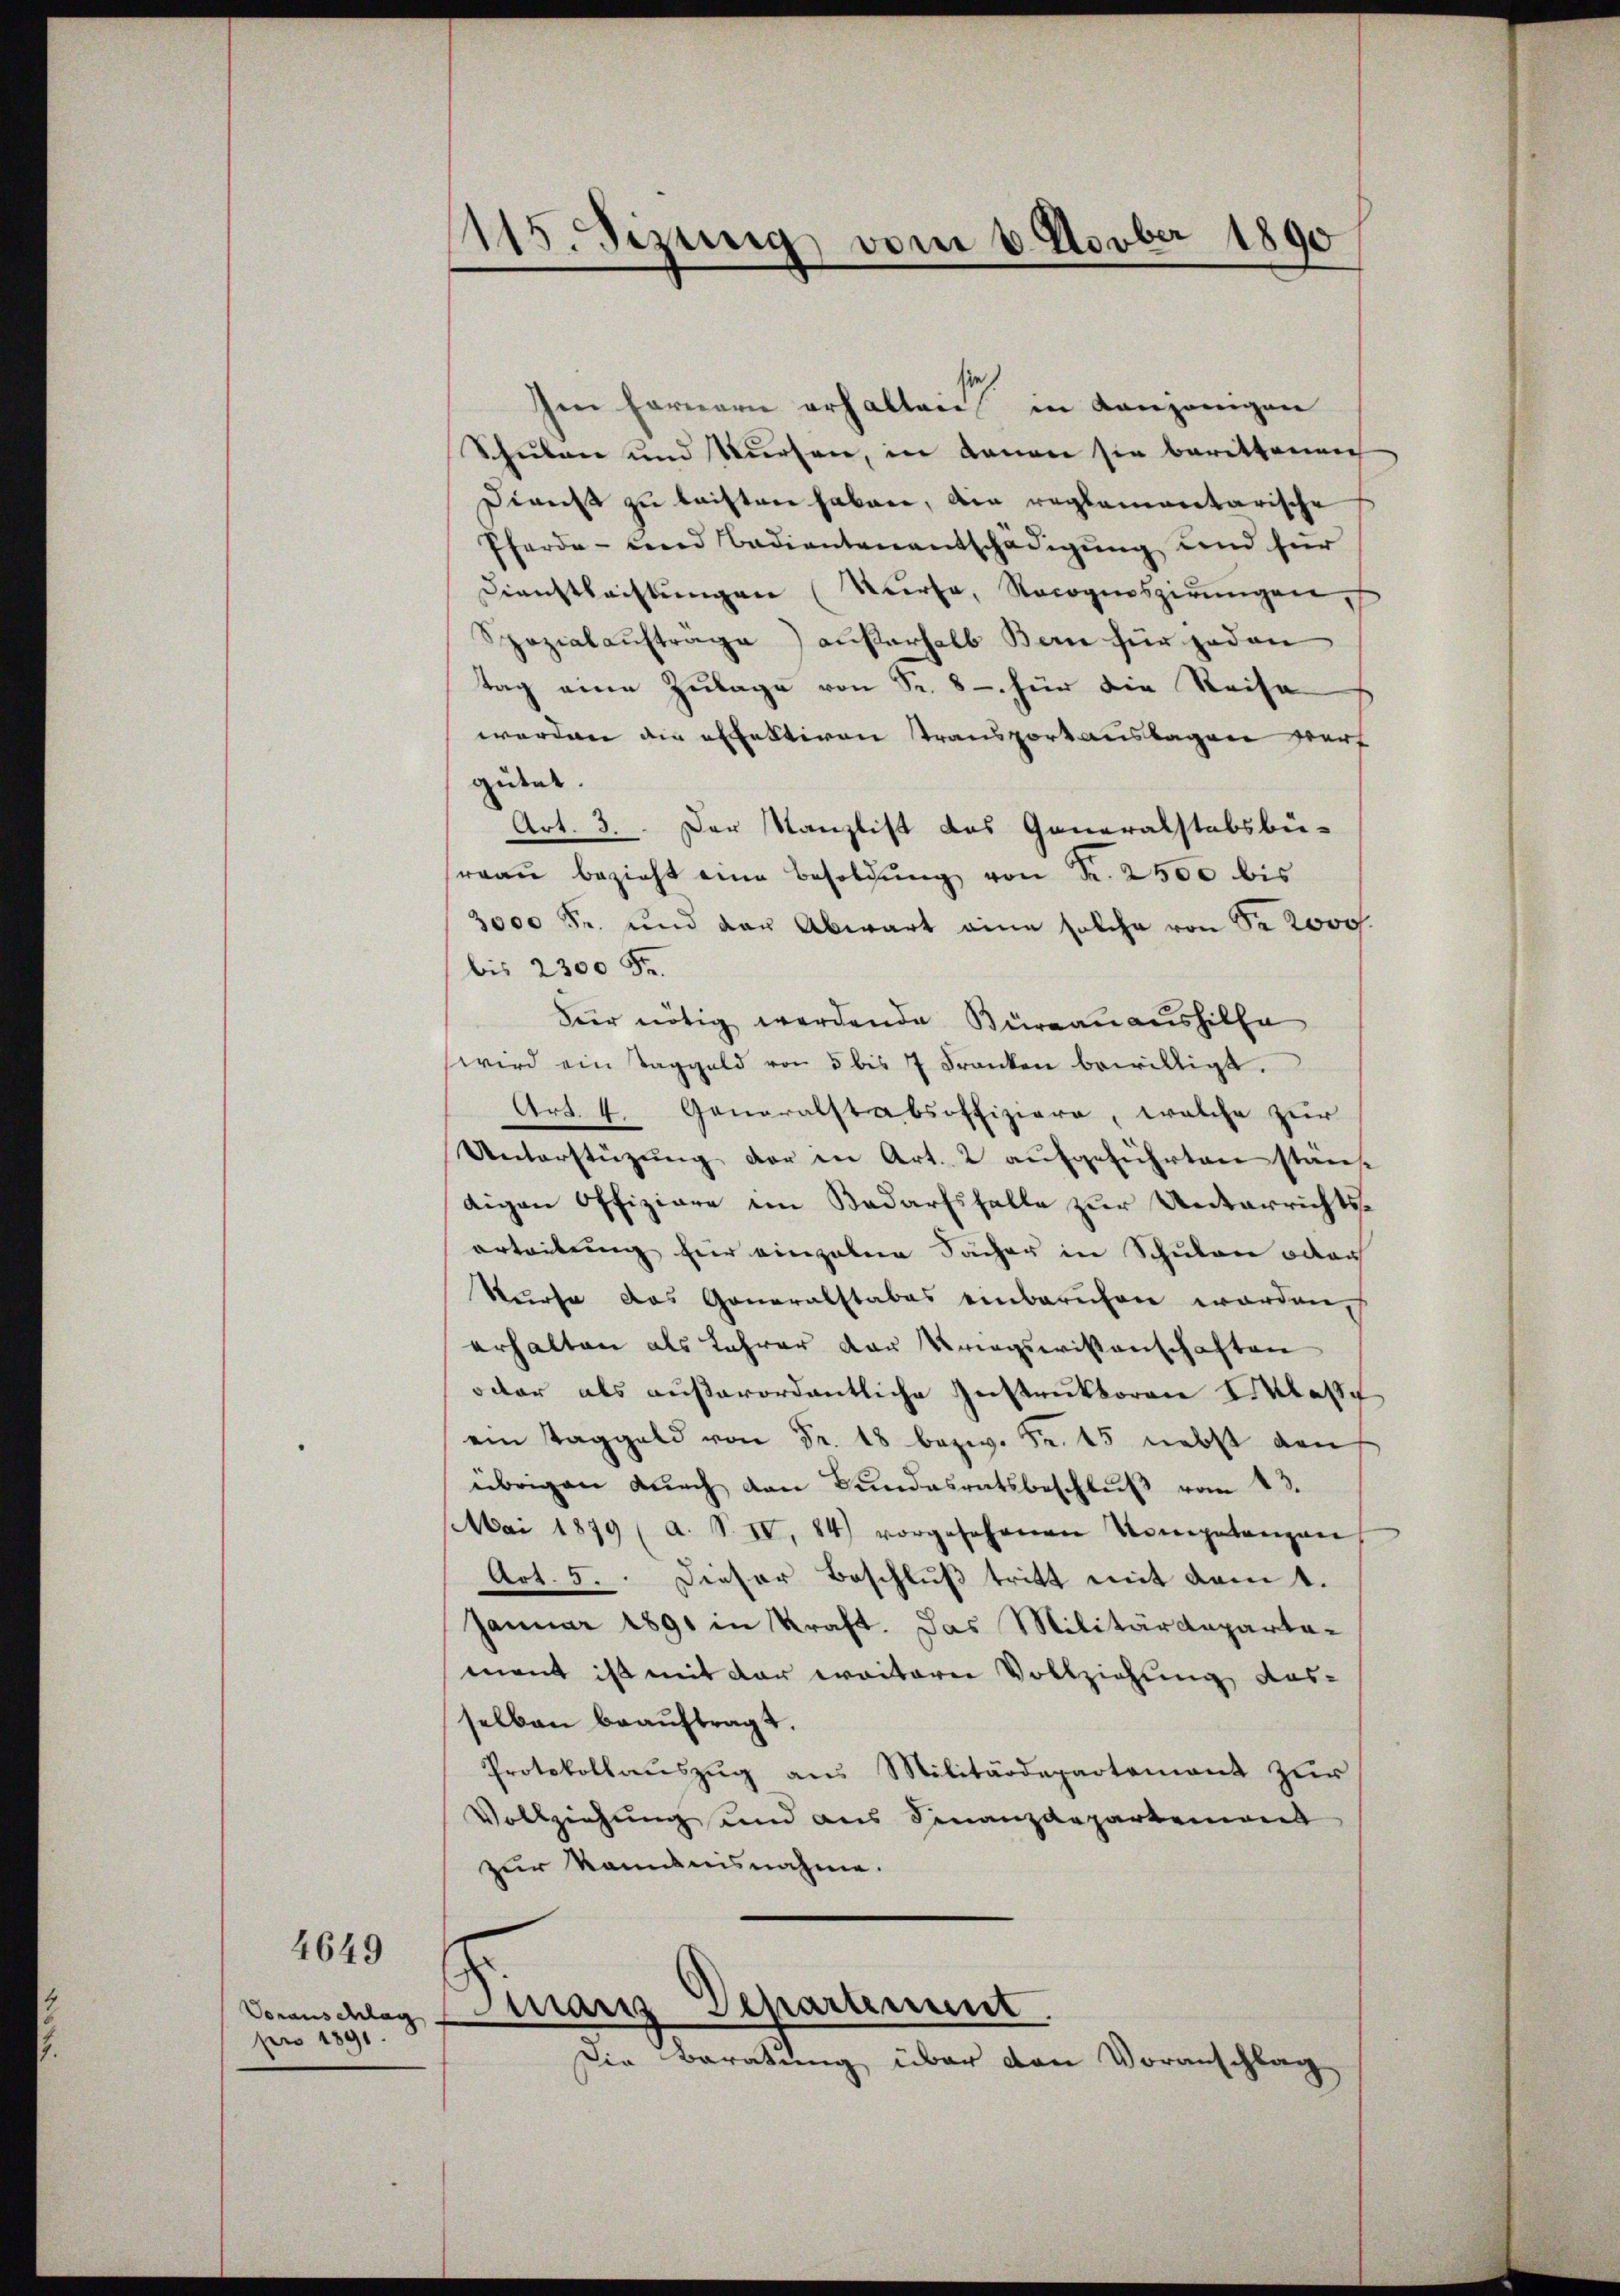
Voranschlag
pro 1891.

4649

.

115. Fizung vom 6. Novber 1890

Im Fernern erhalten in denjenigen
Schulen und Kursen, in dann sie berittenen
Dienst zu leisten haben, die reglementarische
Pferde- und Bedientenantschädigŭng und für
Dienstleistungen (Surfa, Rocognoszirungen
Spozialauftrage) außerhalb Berne für jeden
tag eine Zulage von Sr. 8 - für die Reise
worden die erfaktiven Transport auslagen warf
gident.
Art. 3. Der Kanzlist das Generalstabsbü-
reaŭ bezieht eine Besoldŭng von Fr. 2500 bis
3000 Fr. und der Abwart eine solche von Sr. 2000.
bis 2300 Fr.
Für nötig werdende Büreauaushilfe
wird ein Taggeld von 5 bis 7 Franken bewilligt.
Art. 4. Generalstabsoffiziere, welche zur
Unterstüzung der in Art. 2 aufgeführten stan
digen Offiziare im Bedarfsfalle zur Unterrichtsarteitung für einzelne Sacher in Schulen oder
Surse das Generalstabes einbarŭfen worden.
erhalten als Lehrer der Kriegswissenschaften
oder als außerordentliche Instruktoren Klasse
ein Taggeld von Fr. 18 bezw. Fr. 45 nebst den
übrigen dŭrch den Bŭndesratsbeschlŭβ vom 13.
Mai 1879 (a. S. IV, 84) vorgesehenen Kompetanzen
Art. 5. Dieser Beschluß tritt mit dem 1.
Januar 1891 in Kraft. Das Militärdepartamant ist mit der weiterer Vollziehung aus-
selben beaŭftragt.
Protokollauszug aus Militärdepartement zur
Vollziehung und aus Finanzdepartement
zur kamensnahme.

Diarr Separant
Die Beratung über den Voranschlag